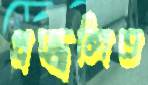
প্রজ্জ্বলিত